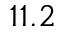
1 1 . 2